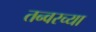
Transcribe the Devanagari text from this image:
तन्वरच्या